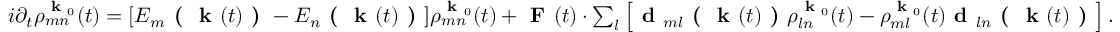
\begin{array} { r } { i \partial _ { t } \rho _ { m n } ^ { \textbf { k } _ { 0 } } ( t ) = [ E _ { m } \textbf { ( } \textbf { k } ( t ) \textbf { ) } - E _ { n } \textbf { ( } \textbf { k } ( t ) \textbf { ) } ] \rho _ { m n } ^ { \textbf { k } _ { 0 } } ( t ) + \textbf { F } ( t ) \cdot \sum _ { l } \left[ \textbf { d } _ { m l } \textbf { ( } \textbf { k } ( t ) \textbf { ) } \rho _ { l n } ^ { \textbf { k } _ { 0 } } ( t ) - \rho _ { m l } ^ { \textbf { k } _ { 0 } } ( t ) \textbf { d } _ { l n } \textbf { ( } \textbf { k } ( t ) \textbf { ) } \right] . } \end{array}